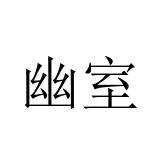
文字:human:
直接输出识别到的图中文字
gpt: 幽室